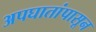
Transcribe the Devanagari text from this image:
अपघातांपासून